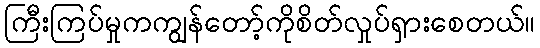
ကြီးကြပ်မှုကကျွန်တော့်ကိုစိတ်လှုပ်ရှားစေတယ်။